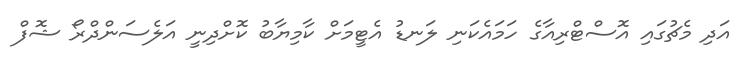
އަދި މެޗުގައި އޮސްޓްރިއާގެ ހަމައެކަނި ލަނޑު އެޓީމަށް ކާމިޔާބު ކޮށްދިނީ އަލެސަންދްރޯ ޝޮފް